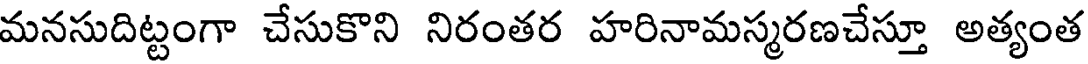
మనసుదిట్టంగా చేసుకొని నిరంతర హరినామస్మరణచేస్తూ అత్యంత